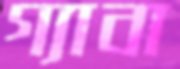
গ্যাবা